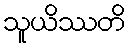
သူယိဿတိ